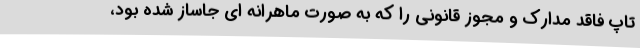
تاپ فاقد مدارک و مجوز قانونی را که به صورت ماهرانه ای جاساز شده بود،